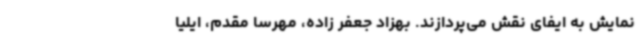
نمایش به ایفای نقش می‌پردازند. بهزاد جعفر زاده، مهرسا مقدم، ایلیا